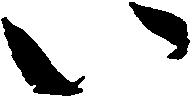
い